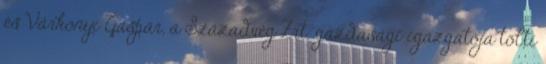
és Várkonyi Gáspár, a Századvég Zrt. gazdasági igazgatója tölti